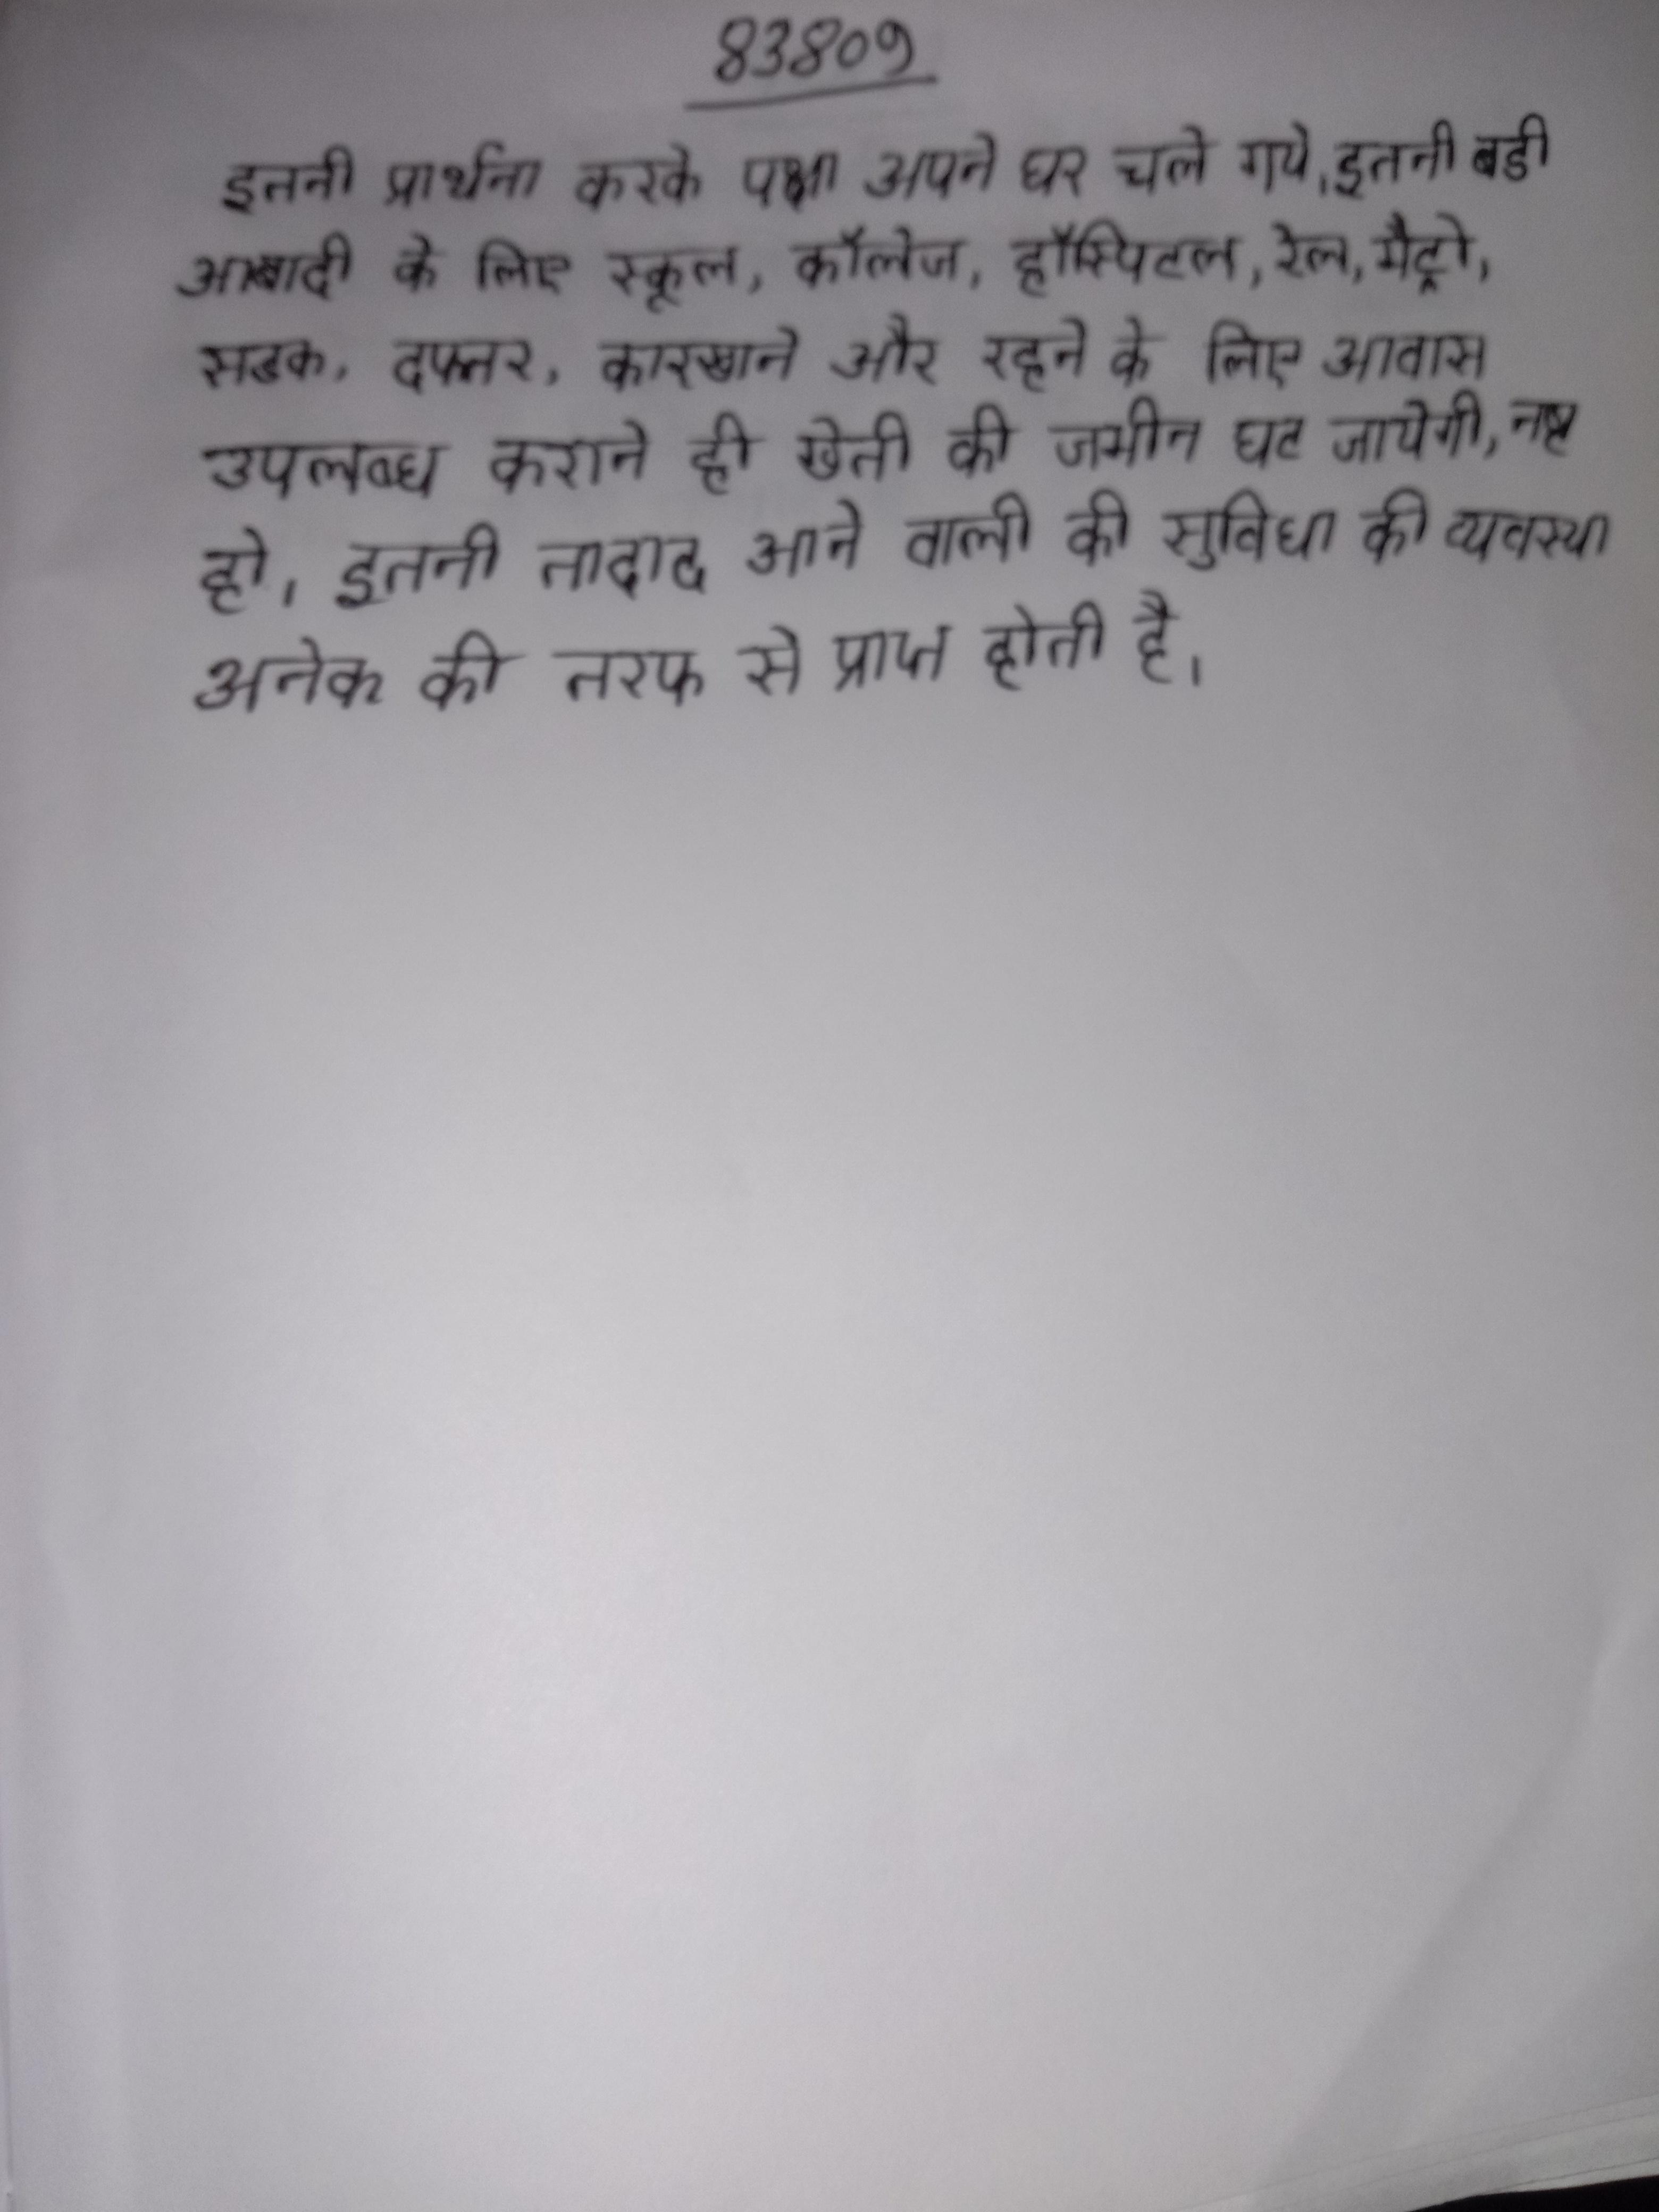
इतनी प्रार्थना करके पक्ष अपने घर चले गये । इतनी बडी आबादी के लिए स्कूल, काॅलेज, हॉस्पिटल, रेल, मैट्रो, सडक, दफ्तर, कारखाने और रहने के लिए आवास उपलब्ध कराने ही खेती की जमीन घट जायेगी, नष्ट हो । इतनी तादाद आने वाली की सुविधा की व्यवस्था अनेक की तरफ से प्राप्त होती है ।